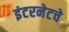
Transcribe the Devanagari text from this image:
इंटरनेटचे